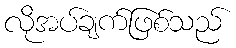
လိုအပ်ချက်ဖြစ်သည်